Annual report of the Bengal Veterinary College and of the Civil Veterinary Department, Bengal, for the year 1918-19 - 1918-1919
Year: 1918
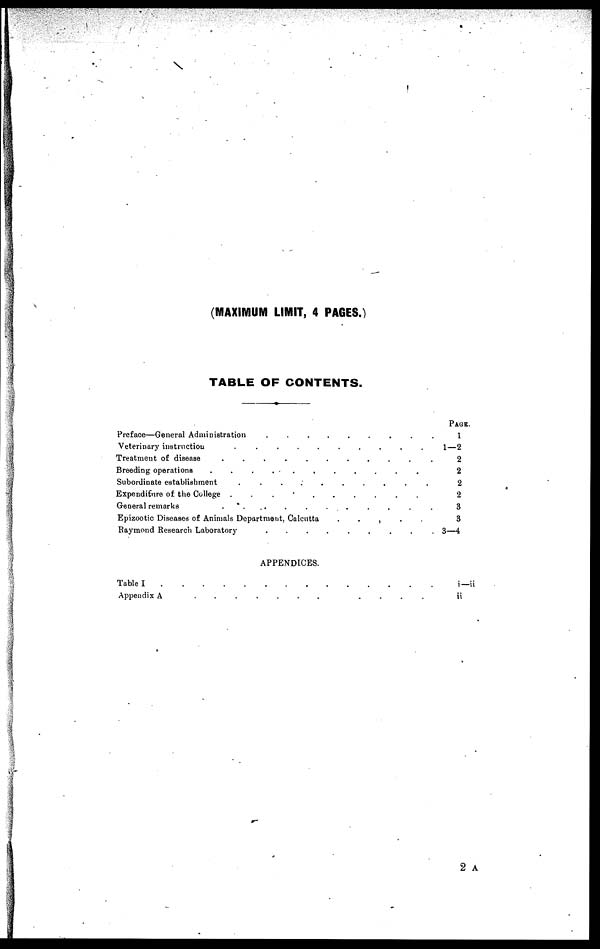
(MAXIMUM LIMIT, 4 PAGES.)
TABLE OF CONTENTS.
Preface—General Administration . . . . . . . . .
Veterinary instruction . . . . . . . . . .
Treatment of disease . . . . . . . . . . .
Breeding operations . . . . . . . . . .
Subordinate establishment . . . . . . . . . .
Expenditure of the College
.
.
.
.
.
.
.
.
.
.
General remarks . . . . . . . . . . .
Epizootic Diseases of Animals Department, Calcutta
.
.
, . .
Raymond Research Laboratory
.
.
.
.
.
.
.
.
.
APPENDICES.
Table I
.
.
.
.
.
.
.
.
.
.
.
.
.
.
Appendix A
.
.
.
.
.
.
.
.
.
.
.
Page.
1
1—2
2
2
2
2
3
3
3—4
i—ii
ii
2 A